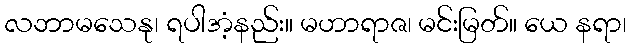
လဘာမသေနု၊ ရပါအံ့နည်း။ မဟာရာဇ၊ မင်းမြတ်။ ယေ နရာ၊